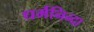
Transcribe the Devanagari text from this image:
धर्मनिन्दा